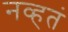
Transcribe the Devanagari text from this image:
नव्‍हतं